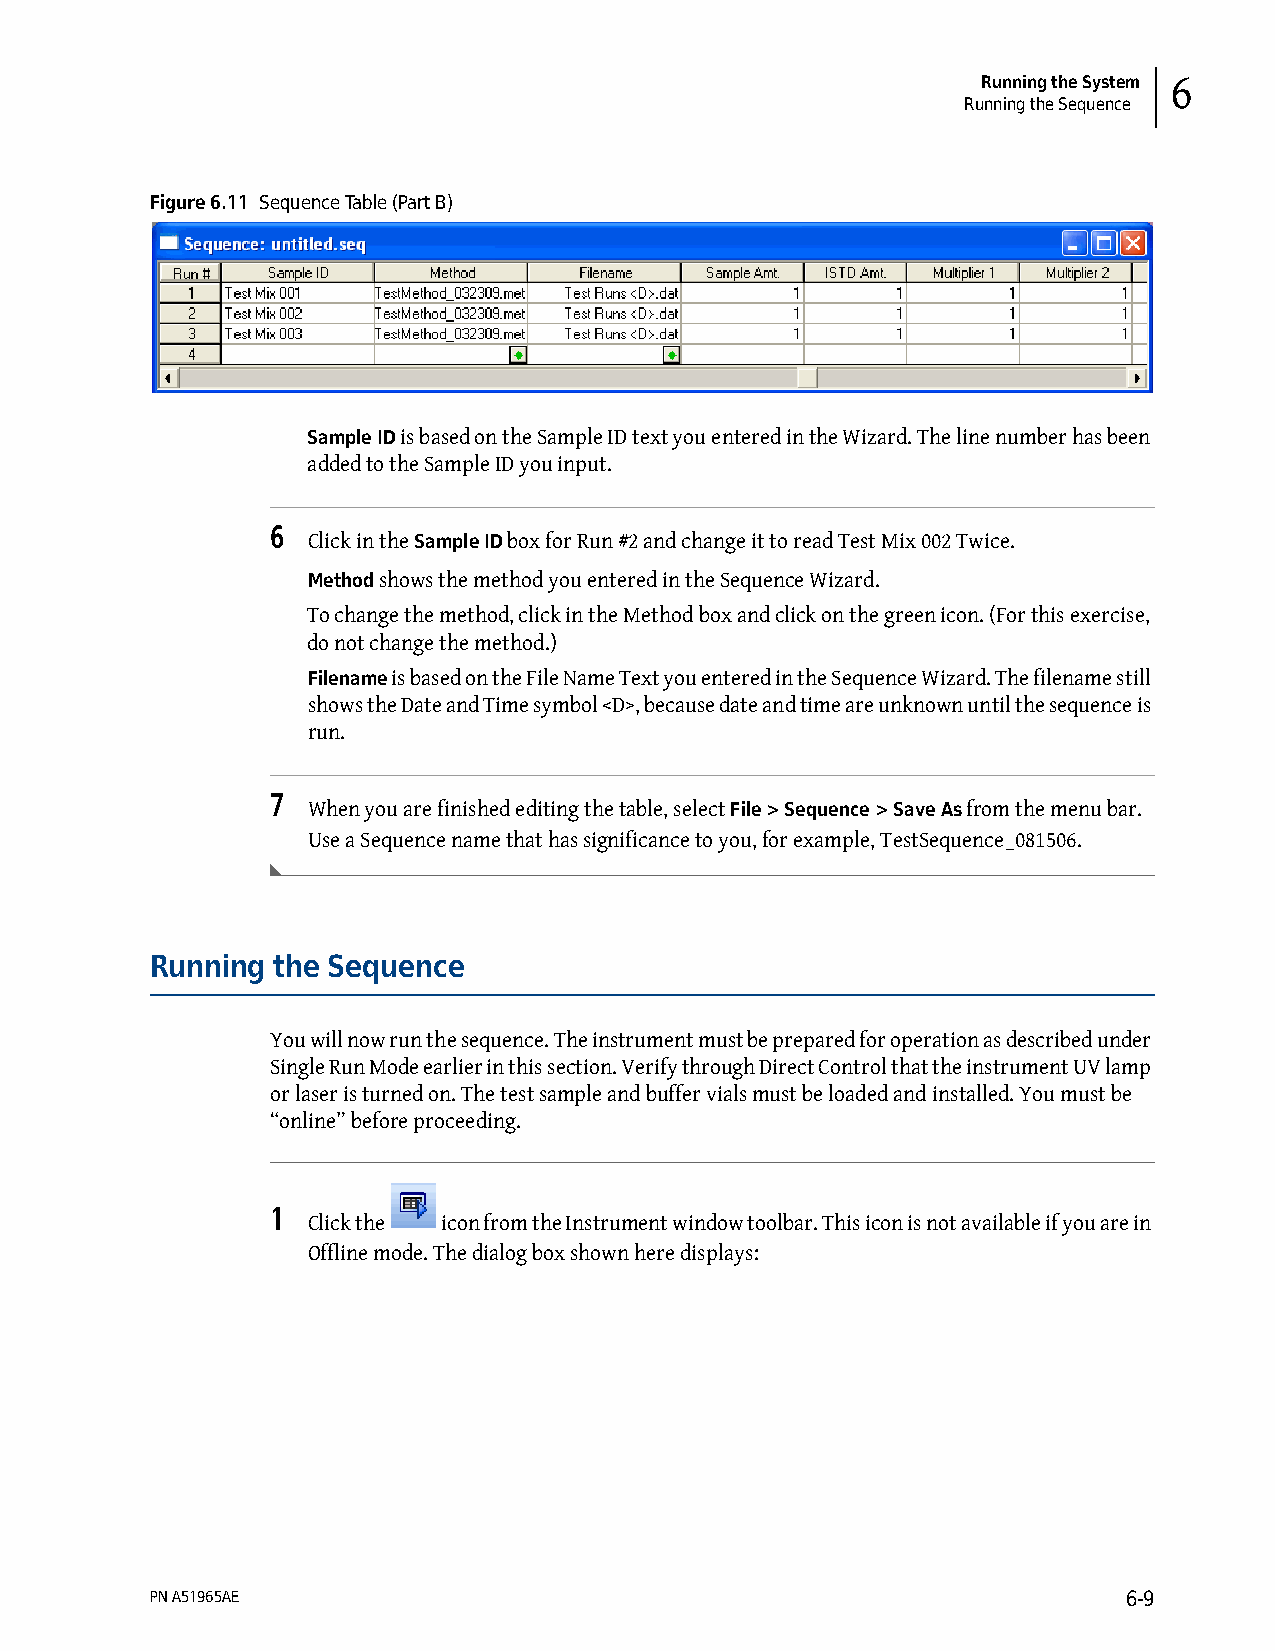
Running the System 6
 Running the Sequence
 Figure 6.11 Sequence Table (Part B)
 Sample ID is based on the Sample ID text you entered in the Wizard. The line number has been
 added to the Sample ID you input.
 6
 Click in the Sample ID box for Run #2 and change it to read Test Mix 002 Twice.
 Method shows the method you entered in the Sequence Wizard.
 To change the method, click in the Method box and click on the green icon. (For this exercise,
 do not change the method.)
 Filename is based on the File Name Text you entered in the Sequence Wizard. The filename still
 shows the Date and Time symbol <D>, because date and time are unknown until the sequence is
 run.
 7
 When you are finished editing the table, select File > Sequence > Save As from the menu bar.
 Use a Sequence name that has significance to you, for example, TestSequence_081506.
 Running the Sequence
 You will now run the sequence. The instrument must be prepared for operation as described under
 Single Run Mode earlier in this section. Verify through Direct Control that the instrument UV lamp
 or laser is turned on. The test sample and buffer vials must be loaded and installed. You must be
 “online” before proceeding.
 1
 Click the icon from the Instrument window toolbar. This icon is not available if you are in
 Offline mode. The dialog box shown here displays:
 PN A51965AE                                                      6-9